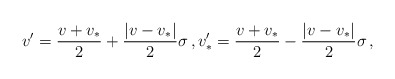
\begin{align*}v'=\frac{v+v_*}{2}+ \frac{|v-v_*|}{2}\sigma\,, v'_*= \frac{v+v_*}{2}- \frac{|v-v_*|}{2}\sigma\,,\end{align*}